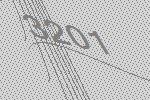
3201